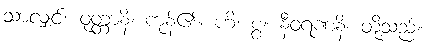
သာလျှင်။ ဝုတ္တာနိ၊ ကုန်၏။ ဟိ၊ စွ။ နီဝရဏနိ၊ တို့သည်။